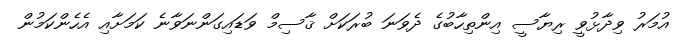
އުމަރު ވިދާޅުވީ ރިޔާސީ އިންތިހާބުގެ ދެވަނަ ބުރަކަށް ޤާސިމް ވަޑައިގަންނަވާނެ ކަމަށާއި އެހެންކަމުން